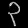
Digit: ၃